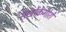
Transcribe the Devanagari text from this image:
सखोंकेगोरो